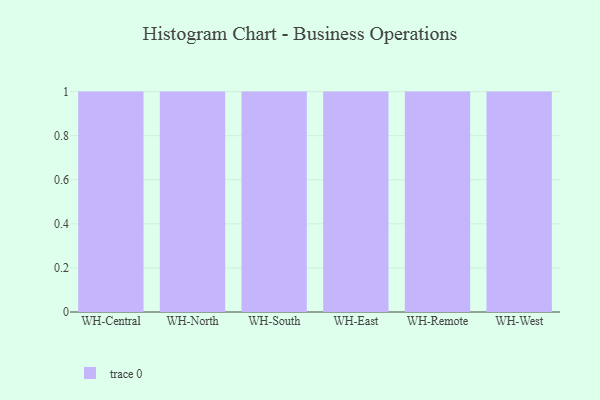
{"axis": {"x": "Warehouse", "y": "Net Income (USD K)"}, "legend": [""], "data": [{"x": "WH-Central", "y": 58, "type": ""}, {"x": "WH-North", "y": 62, "type": ""}, {"x": "WH-South", "y": 6, "type": ""}, {"x": "WH-East", "y": 82, "type": ""}, {"x": "WH-Remote", "y": 52, "type": ""}, {"x": "WH-West", "y": 91, "type": ""}]}